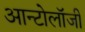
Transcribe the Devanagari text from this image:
आन्टोलॉजी